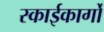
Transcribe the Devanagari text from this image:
स्काईकार्गो